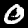
Digit: 0